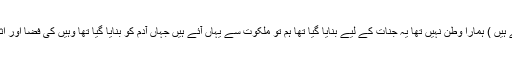
یہ عالم ناسوت ( جہاں ہم رہتے ہیں ) ہمارا وطن نہیں تھا یہ جنات کے لیے بنایا گیا تھا ہم تو ملکوت سے یہاں آئے ہیں جہاں آدم ؑکو بنایا گیا تھا وہیں کی فضا اور اثرات ہمارے لئے سازگار تھی۔